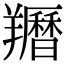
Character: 𦏩